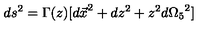
d s ^ { 2 } = \Gamma ( z ) [ { d \vec { x } } ^ { 2 } + d z ^ { 2 } + z ^ { 2 } { d \Omega _ { 5 } } ^ { 2 } ]